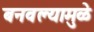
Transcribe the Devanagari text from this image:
बनवल्यामुळे